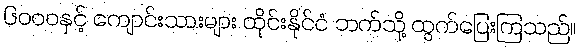
၆၀၀၀နှင့် ကျောင်းသားများ ထိုင်းနိုင်ငံ ဘက်သို့ ထွက်ပြေးကြသည်။